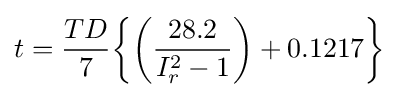
t={\frac {TD}{7}}{\biggl \{}{\biggl (}{\frac {28.2}{I_{r}^{2}-1}}{\biggl )}+0.1217{\biggl \}}